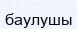
баулушы